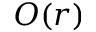
O ( r )